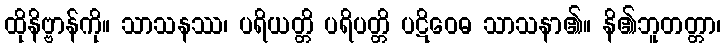
ထိုနိဗ္ဗာန်ကို။ သာသနဿ၊ ပရိယတ္တိ ပရိပတ္တိ ပဋိဝေဓ သာသနာ၏။ နိ၏ဘူတတ္တာ၊